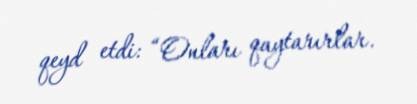
qeyd etdi: “Onları qaytarırlar.